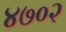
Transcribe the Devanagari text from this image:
४७०२